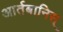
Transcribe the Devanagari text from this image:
आर्तबानिस्